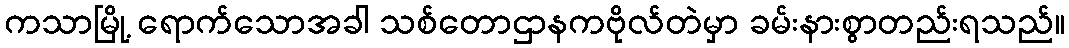
ကသာမြို့ ရောက်သောအခါ သစ်တောဌာနကဗိုလ်တဲမှာ ခမ်းနားစွာတည်းရသည်။